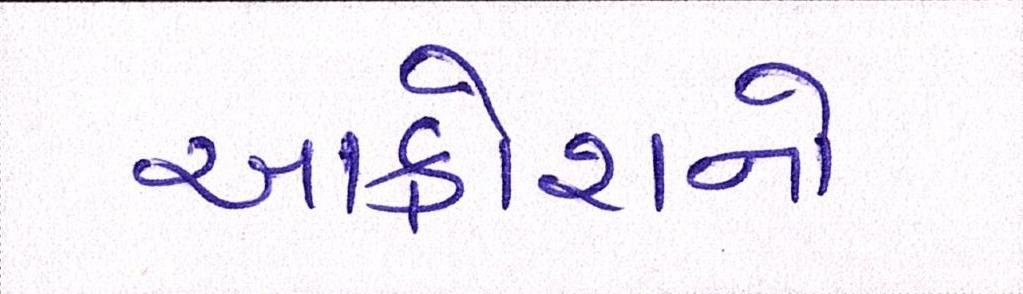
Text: આક્રોશનો